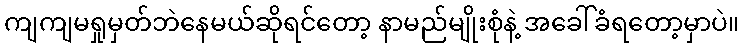
ကျကျမရှုမှတ်ဘဲနေမယ်ဆိုရင်တော့ နာမည်မျိုးစုံနဲ့ အခေါ်ခံရတော့မှာပဲ။